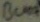
Text: BC107